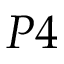
P 4